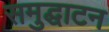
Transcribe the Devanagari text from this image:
समुद्घाटन